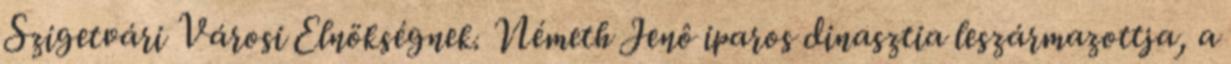
Szigetvári Városi Elnökségnek. Németh Jenô iparos dinasztia leszármazottja, a